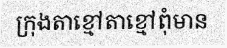
ក្រុងតាខ្មៅតាខ្មៅពុំមាន